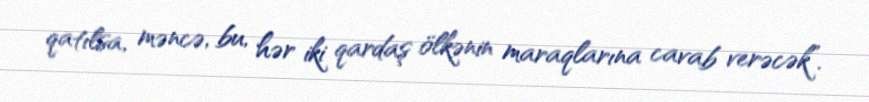
qatılsa, məncə, bu, hər iki qardaş ölkənin maraqlarına cavab verəcək”.